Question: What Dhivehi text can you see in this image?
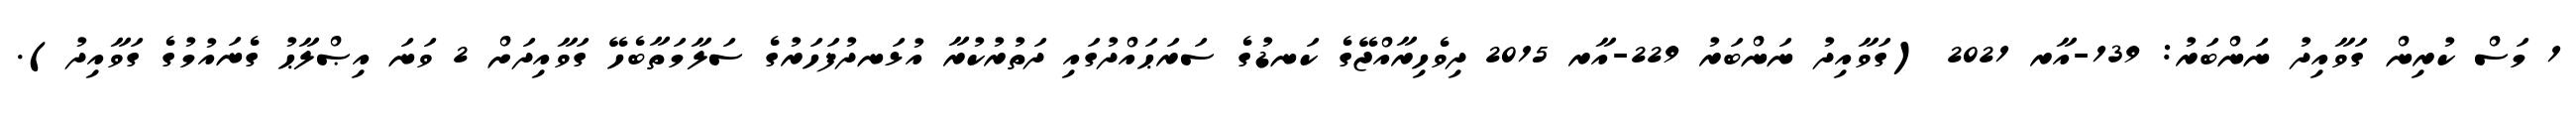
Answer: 1 މަސް ކުރިން ގަވާއިދު ނަންބަރު: 139-އާރ 2021 (ގަވާއިދު ނަންބަރު 229-އާރ 2015 ދިވެހިރާއްޖޭގެ ކަނޑުގެ ސަރަޙައްދުގައި ދަތުރުކުރާ އުޅަނދުފަހަރުގެ ސަލާމަތާބެހޭ ގަވާއިދަށް 2 ވަނަ އިޞްލާޙު ގެނައުމުގެ ގަވާއިދު).